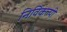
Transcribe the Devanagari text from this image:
निर्विकल्पी